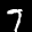
Label: 7